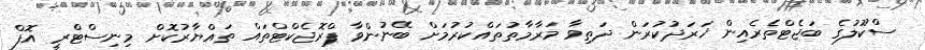
ސްކޫލުގެ ބަޖެޓްތެރެއިން ޚަރަދުކުރަން ދަތިވާ މަރާމާތުތައްކުރުމަށް ބޭނުންވާ ޕްރޮޖެކްޓްތައް ތައްޔާރުކޮށް މިނިސްޓްރީ އޮފް